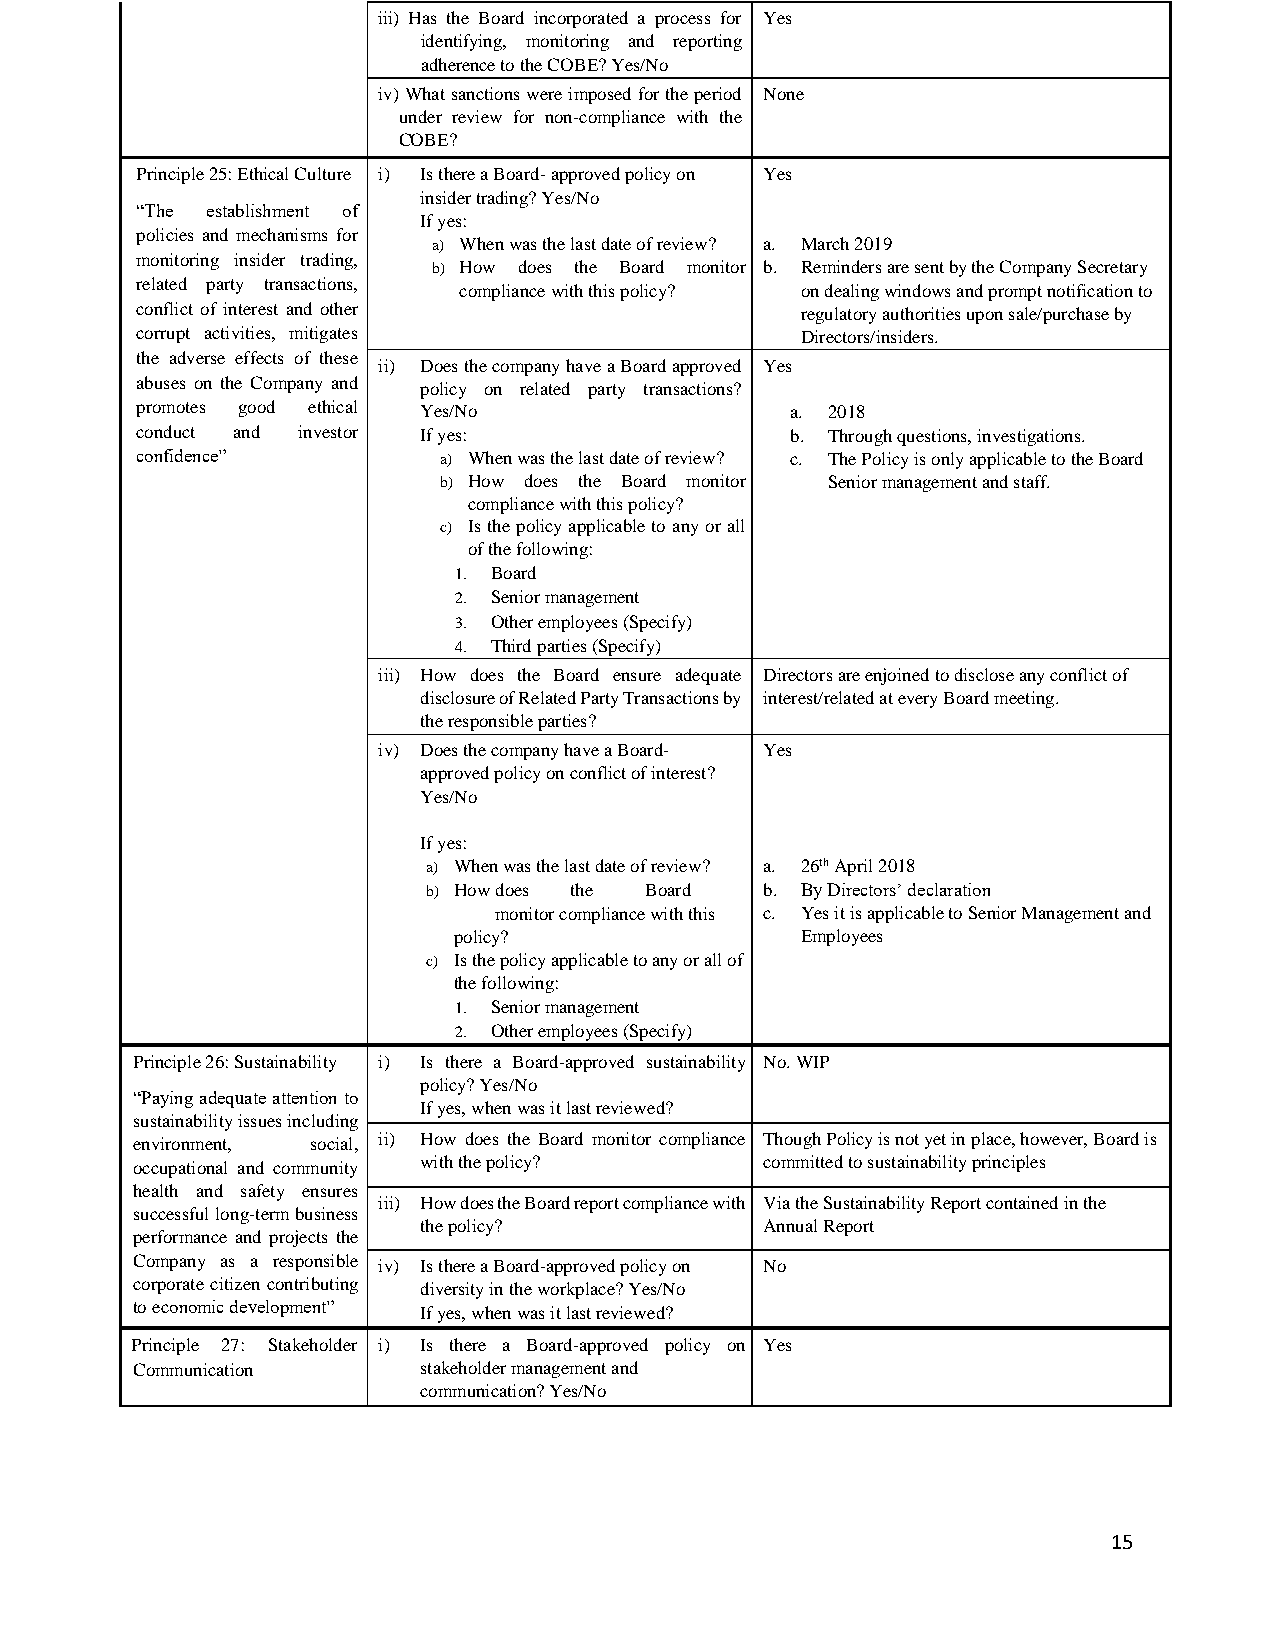
iii) Has the Board incorporated a process for Yes
 identifying, monitoring and reporting
 adherence to the COBE? Yes/No
 iv) What sanctions were imposed for the period None
 under review for non-compliance with the
 COBE?
 Principle 25: Ethical Culture i) Is there a Board- approved policy on Yes
 insider trading? Yes/No
 “The establishment of
 If yes:
 policies and mechanisms for
 a) When was the last date of review? a. March 2019
 monitoring insider trading,
 b) How does the Board monitor b. Reminders are sent by the Company Secretary
 related party transactions, compliance with this policy? on dealing windows and prompt notification to
 conflict of interest and other              regulatory authorities upon sale/purchase by
 corrupt activities, mitigates               Directors/insiders.
 the adverse effects of these
 ii) Does the company have a Board approved Yes
 abuses on the Company and policy on related party transactions?
 promotes good ethical Yes/No               a. 2018
 conduct and investor If yes:               b. Through questions, investigations.
 confidence”         a) When was the last date of review? c. The Policy is only applicable to the Board
 b) How does the Board monitor Senior management and staff.
 compliance with this policy?
 c) Is the policy applicable to any or all
 of the following:
 1. Board
 2. Senior management
 3. Other employees (Specify)
 4. Third parties (Specify)
 iii) How does the Board ensure adequate Directors are enjoined to disclose any conflict of
 disclosure of Related Party Transactions by interest/related at every Board meeting.
 the responsible parties?
 iv) Does the company have a Board- Yes
 approved policy on conflict of interest?
 Yes/No
 If yes:
 a) When was the last date of review? a. 26th April 2018
 b) How does the Board  b. By Directors’ declaration
 monitor compliance with this c. Yes it is applicable to Senior Management and
 policy?                Employees
 c) Is the policy applicable to any or all of
 the following:
 1. Senior management
 2. Other employees (Specify)
 Principle 26: Sustainability i) Is there a Board-approved sustainability No. WIP
 policy? Yes/No
 “Paying adequate attention to
 If yes, when was it last reviewed?
 sustainability issues including
 environment, social, ii) How does the Board monitor compliance Though Policy is not yet in place, however, Board is
 occupational and community with the policy? committed to sustainability principles
 health and safety ensures
 iii) How does the Board report compliance with Via the Sustainability Report contained in the
 successful long-term business
 the policy?            Annual Report
 performance and projects the
 Company as a responsible iv) Is there a Board-approved policy on No
 corporate citizen contributing diversity in the workplace? Yes/No
 to economic development” If yes, when was it last reviewed?
 Principle 27: Stakeholder i) Is there a Board-approved policy on Yes
 Communication      stakeholder management and
 communication? Yes/No
 15